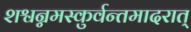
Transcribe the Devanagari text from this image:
शश्वन्नमस्कुर्वन्तमादरात्